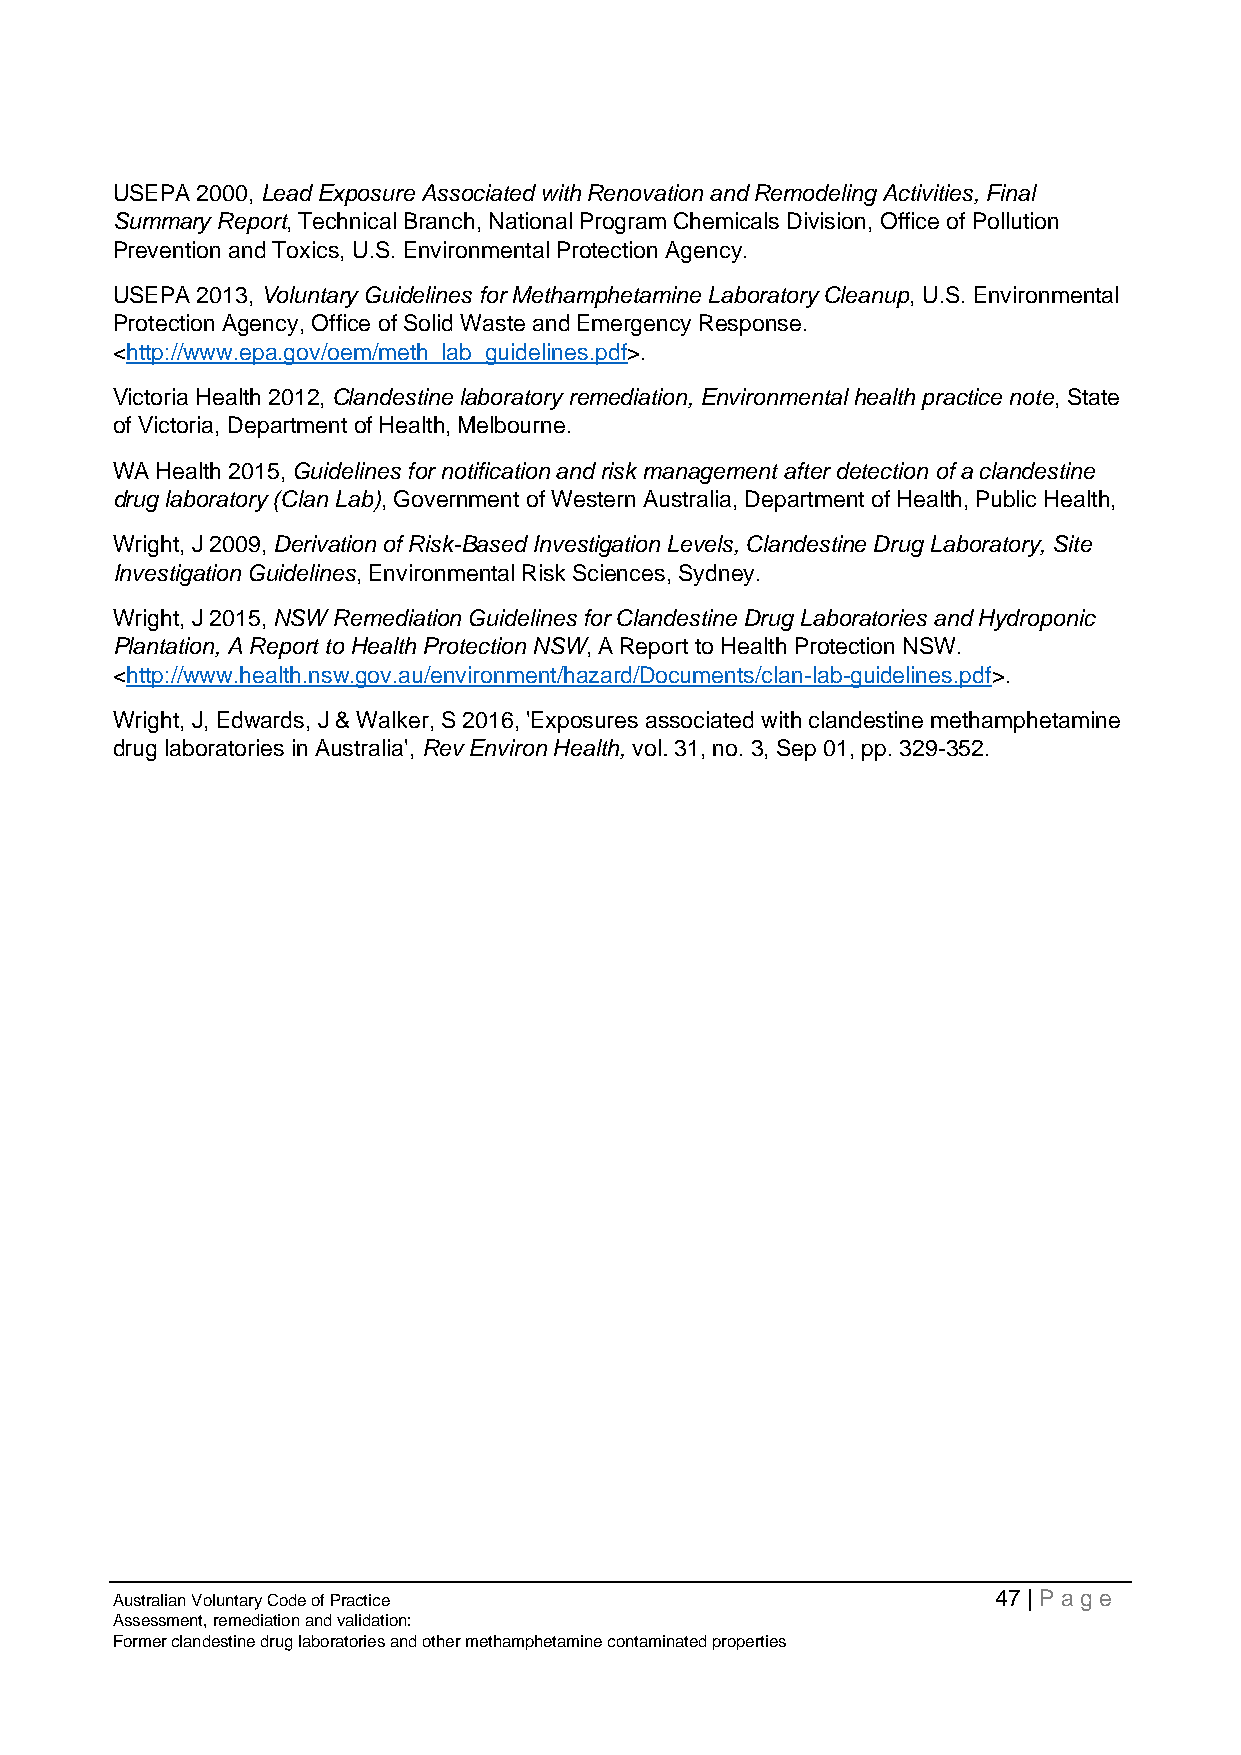
USEPA 2000, Lead Exposure Associated with Renovation and Remodeling Activities, Final
 Summary Report, Technical Branch, National Program Chemicals Division, Office of Pollution
 Prevention and Toxics, U.S. Environmental Protection Agency.
 USEPA 2013, Voluntary Guidelines for Methamphetamine Laboratory Cleanup, U.S. Environmental
 Protection Agency, Office of Solid Waste and Emergency Response.
 <http://www.epa.gov/oem/meth_lab_guidelines.pdf>.
 Victoria Health 2012, Clandestine laboratory remediation, Environmental health practice note, State
 of Victoria, Department of Health, Melbourne.
 WA Health 2015, Guidelines for notification and risk management after detection of a clandestine
 drug laboratory (Clan Lab), Government of Western Australia, Department of Health, Public Health,
 Wright, J 2009, Derivation of Risk-Based Investigation Levels, Clandestine Drug Laboratory, Site
 Investigation Guidelines, Environmental Risk Sciences, Sydney.
 Wright, J 2015, NSW Remediation Guidelines for Clandestine Drug Laboratories and Hydroponic
 Plantation, A Report to Health Protection NSW, A Report to Health Protection NSW.
 <http://www.health.nsw.gov.au/environment/hazard/Documents/clan-lab-guidelines.pdf>.
 Wright, J, Edwards, J & Walker, S 2016, 'Exposures associated with clandestine methamphetamine
 drug laboratories in Australia', Rev Environ Health, vol. 31, no. 3, Sep 01, pp. 329-352.
 Australian Voluntary Code of Practice                      47 | Page
 Assessment, remediation and validation:
 Former clandestine drug laboratories and other methamphetamine contaminated properties